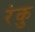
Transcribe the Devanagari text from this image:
रंकु